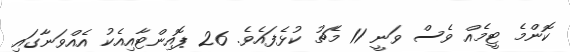
ކޮންމެ ޓީމެއް ވެސް ވަނީ 11 މެޗު ކުޅެފައެވެ. 26 ޕޮއިންޓާއިއެކު އެއްވަނާގައި